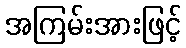
အကြမ်းအားဖြင့်